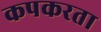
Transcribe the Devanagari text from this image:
कपकरता